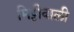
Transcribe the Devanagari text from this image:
मिट्टीवाली